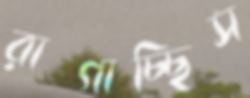
রাগাচ্ছিস